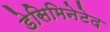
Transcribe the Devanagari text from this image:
डेसिमिनेटेद